Civil Veterinary Department. Madras. Admin. report 1910-25 - 1910-1925
Year: 1910
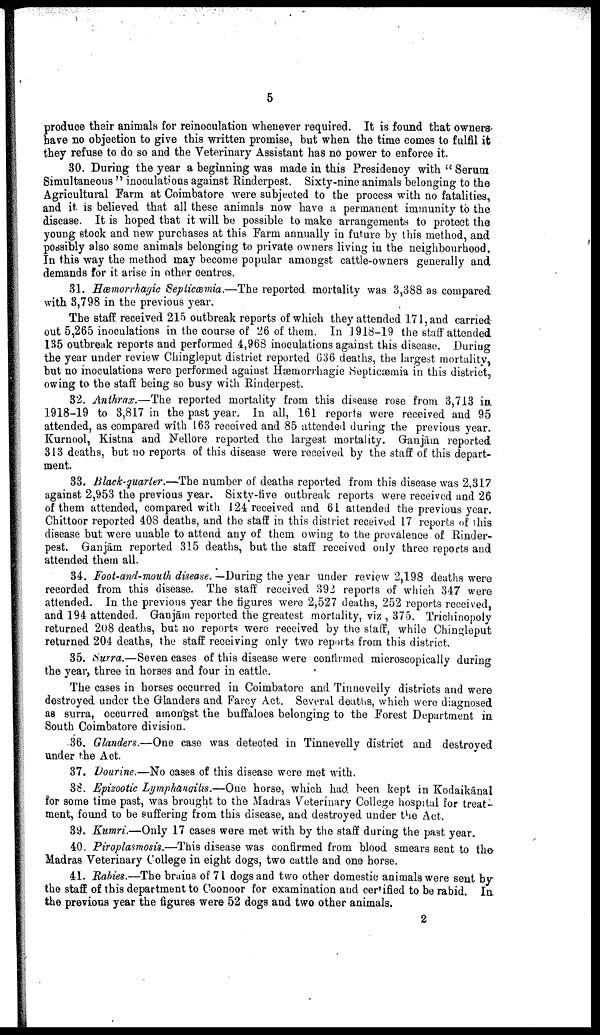
5
produce their animals for reinoculation whenever required. It is found that owners
have no objection to give this written promise, but when the time comes to fulfil it
they refuse to do so and the Veterinary Assistant has no power to enforce it.
30. During the year a beginning was made in this Presidency with "Serum
Simultaneous" inoculations against Rinderpest. Sixty-nine animals belonging to the
Agricultural Farm at Coimbatore were subjected to the process with no fatalities,
and it is believed that all these animals now have a permanent immunity to the
disease. It is hoped that it will be possible to make arrangements to protect the
young stock and new purchases at this Farm annually in future by this method, and
possibly also some animals belonging to private owners living in the neighbourhood.
In this way the method may become popular amongst cattle-owners generally and
demands for it arise in other centres.
31. Hæmorrhagic Septicæmia.—The reported mortality was 3,388 as compared
with 3,798 in the previous year.
The staff received 215 outbreak reports of which they attended 171, and carried
out 5,265 inoculations in the course of 26 of them. In 1918-19 the staff attended
135 outbreak reports and performed 4,968 inoculations against this disease. During
the year under review Chingleput district reported 636 deaths, the largest mortality,
but no inoculations were performed against Hæmorrhagic Septicæmia in this district,
owing to the staff being so busy with Rinderpest.
32. Anthrax.—The reported mortality from this disease rose from 3,713 in
1918-19 to 3,817 in the past year. In all, 161 reports were received and 95
attended, as compared with 163 received and 85 attended during the previous year.
Kurnool, Kistna and Nellore reported the largest mortality. Ganjām reported
313 deaths, but no reports of this disease were received by the staff of this depart
ment.
33. Black-quarter.—The number of deaths reported from this disease was 2,317
against 2,953 the previous year. Sixty-five outbreak reports were received and 26
of them attended, compared with 124 received and 61 attended the previous year.
Chittoor reported 408 deaths, and the staff in this district received 17 reports of this
disease but were unable to attend any of them owing to the prevalence of Rinder
pest. Ganjām reported 315 deaths, but the staff received only three reports and
attended them all.
34. Foot-and-mouth disease.—During the year under review 2,198 deaths were
recorded from this disease. The staff received 392 reports of which 347 were
attended. In the previous year the figures were 2,527 deaths, 252 reports received,
and 194 attended. Ganjām reported the greatest mortality, viz., 375. Trichinopoly
returned 208 deaths, but no reports were received by the staff, while Chingleput
returned 204 deaths, the staff receiving only two reports from this district.
35. Surra.—Seven cases of this disease were confirmed microscopically during
the year, three in horses and four in cattle.
The cases in horses occurred in Coimbatore and Tinnevelly districts and were
destroyed under the Glanders and Farcy Act. Several deaths, which were diagnosed
as surra, occurred amongst the buffaloes belonging to the Forest Department in
South Coimbatore division.
36. Glanders.—One case was detected in Tinnevelly district and destroyed
under the Act.
37. Dourine.—No cases of this disease were met with.
38. Epizootic Lymphangitis.—One horse, which had been kept in Kodaikānal
for some time past, was brought to the Madras Veterinary College hospital for treat
ment, found to be suffering from this disease, and destroyed under the Act.
39. Kumri.—Only 17 cases were met with by the staff during the past year.
40. Piroplasmosis.—This disease was confirmed from blood smears sent to the
Madras Veterinary College in eight dogs, two cattle and one horse.
41. Rabies.—The brains of 71 dogs and two other domestic animals were sent by
the staff of this department to Coonoor for examination and certified to be rabid. In.
the previous year the figures were 52 dogs and two other animals.
2